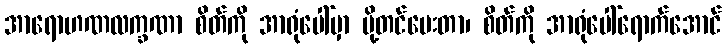
အာရောဟဏလက္ခဏာ စိတ်ကို အာရုံပေါ်မှာ ပို့တင်ပေးတာ၊ စိတ်ကို အာရုံပေါ်ရောက်အောင်